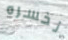
نخسره